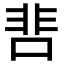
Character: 𩇬